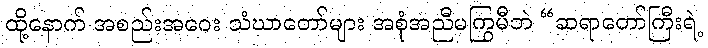
ထို့နောက် အစည်းအဝေး သံဃာတော်များ အစုံအညီမကြွမီဘဲ “ဆရာတော်ကြီးရဲ့